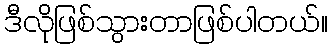
ဒီလိုဖြစ်သွားတာဖြစ်ပါတယ်။